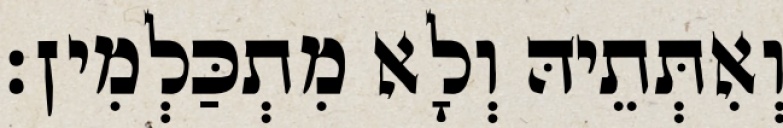
וְאִתְּתֵיהּ וְלָא מִתְכַּלְמִין׃